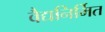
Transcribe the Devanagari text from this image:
वैद्यनिर्मित